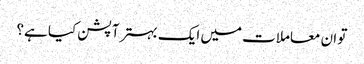
تو ان معاملات میں ایک بہتر آپشن کیا ہے؟